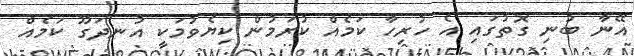
އޭނާ ބުނި ގޮތުގައި އެ ހުރިހާ ކަމެއް ކުރަމުން ކިޔެވުމަކީ އުނދަގޫ ކަމެއް